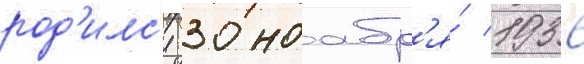
род'илс'я 30 ноабр'я́ 1936